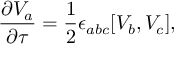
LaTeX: \frac { \partial V _ { a } } { \partial \tau } = \frac 1 2 \epsilon _ { a b c } [ V _ { b } , V _ { c } ] ,